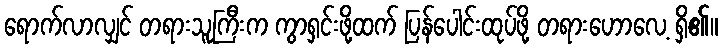
ရောက်လာလျှင် တရားသူကြီးက ကွာရှင်းဖို့ထက် ပြန်ပေါင်းထုပ်ဖို့ တရားဟောလေ့ ရှိ၏။